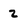
Character: 2